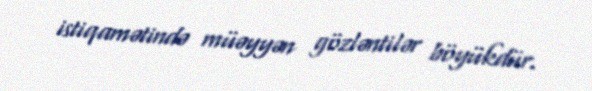
istiqamətində müəyyən gözləntilər böyükdür.